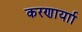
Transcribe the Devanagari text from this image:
करणार्याा